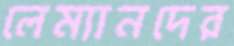
লেম্যানদের